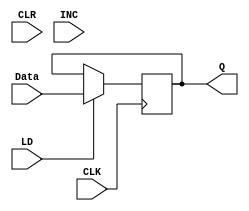
module DATA_REG(Q, Data, LD, CLR, INC, CLK);

    initial Q = 0;
 
	output reg [7:0] Q;
	input [7:0] Data;
	input LD, CLR, INC, CLK;
	
	always @(posedge CLK)
	begin
		 if(LD)
			Q = Data;
		end	
endmodule